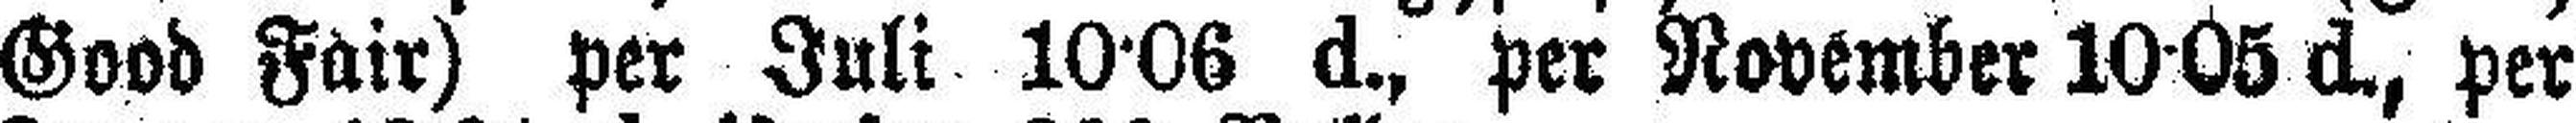
Good Fair) per Juli 10·06 d., per November 10·05 d., per